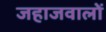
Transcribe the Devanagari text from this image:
जहाजवालों